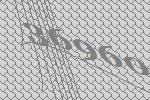
36960